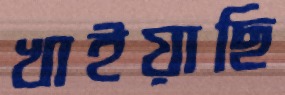
খাইয়াছি